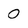
Character: 0